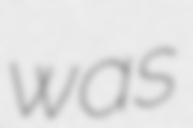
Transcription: was